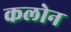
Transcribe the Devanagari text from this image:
कलोन